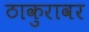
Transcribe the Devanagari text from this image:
ठाकुरावर